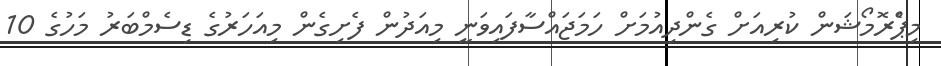
މިޕްެރޮމޯޝަން ކުރިއަށް ގެންދިއުމަށް ހަމަޖައްސާފައިވަނީ މިއަދުން ފެށިގެން މިއަހަރުގެ ޑިސެމްބަރު މަހުގެ 10